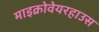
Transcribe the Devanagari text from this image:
माइक्रोवेयरहाउस